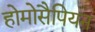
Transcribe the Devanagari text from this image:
होमोसैपियन